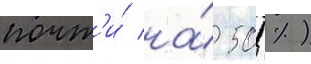
почт'и́ на́ 50 %)